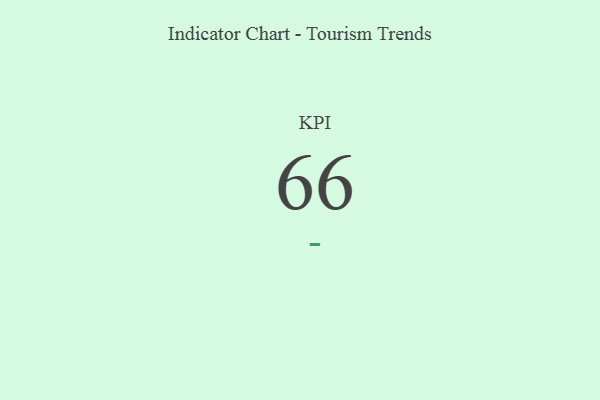
{"axis": {"x": "KPI", "y": "Value"}, "legend": [""], "data": [{"x": "KPI", "y": 66, "type": ""}]}